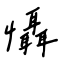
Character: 懾